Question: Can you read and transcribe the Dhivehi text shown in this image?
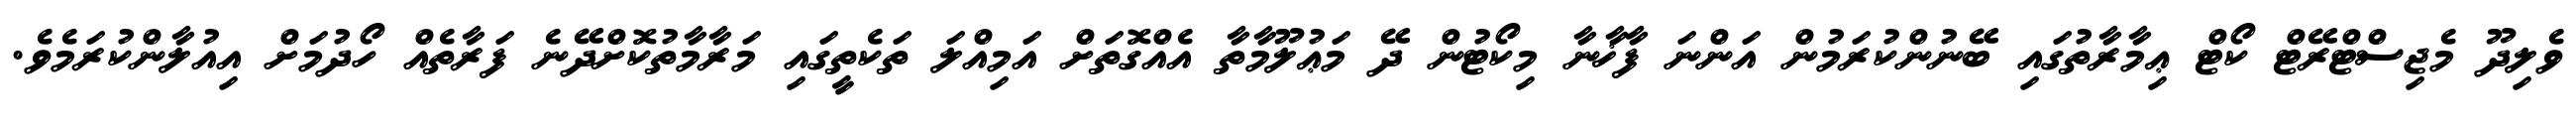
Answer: ވެލިދޫ މެޖިސްޓްރޭޓް ކޯޓް ޢިމާރާތުގައި ބޭނުންކުރަމުން އަންނަ ފާޚާނާ މިކޯޓުން ދޭ މަޢުލޫމާތާ އެއްގޮތަށް އަމިއްލަ ތަކެތީގައި މަރާމާތުކޮށްދޭނެ ފަރާތެއް ހޯދުމަށް އިއުލާންކުރަމެވެ.